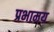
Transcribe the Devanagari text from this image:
प्रभामय